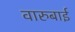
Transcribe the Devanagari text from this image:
वारुबाई